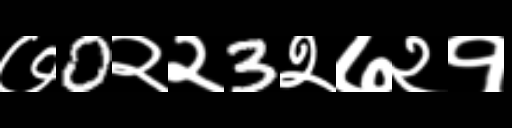
Text: ७0२२3२७२१